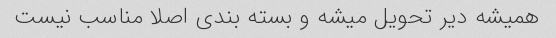
همیشه دیر تحویل میشه و بسته بندی اصلا مناسب نیست